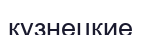
кузнецкие